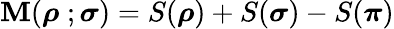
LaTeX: \mathbf{M}(\boldsymbol{\rho}\; ;\boldsymbol{\sigma})=S(\boldsymbol{\rho})+S(\boldsymbol{\sigma})-S(\boldsymbol{\pi})